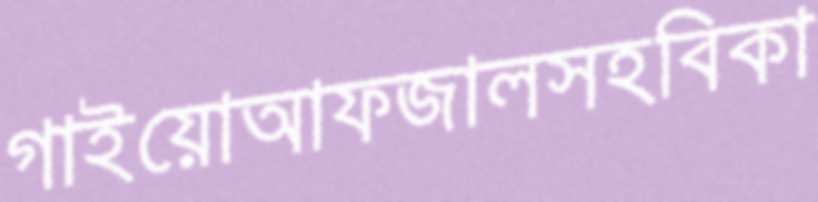
গাইয়োআফজালসহবিকা